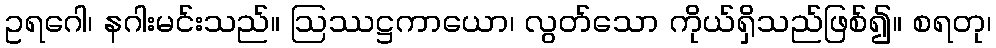
ဥရဂေါ၊ နဂါးမင်းသည်။ ဩဿဋ္ဌကာယော၊ လွတ်သော ကိုယ်ရှိသည်ဖြစ်၍။ စရတု၊